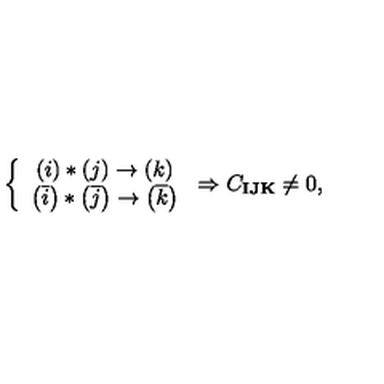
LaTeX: \left\{ \begin{array} { c } { \left( i \right) \ast \left( j \right) \rightarrow \left( k \right) } \\ { \left( \overline { { i } } \right) \ast \left( \overline { { j } } \right) \rightarrow \left( \overline { { k } } \right) } \\ \end{array} \right. \Rightarrow C _ { \mathbf { I J K } } \neq 0 ,